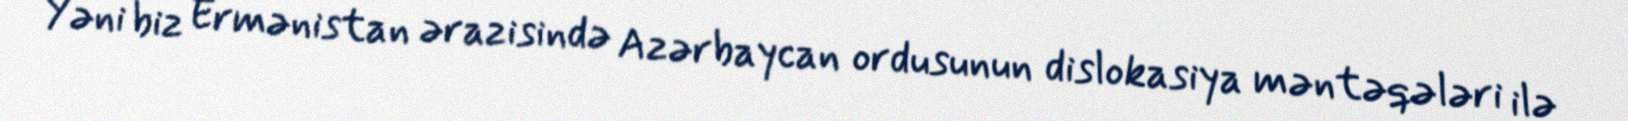
Yəni biz Ermənistan ərazisində Azərbaycan ordusunun dislokasiya məntəqələri ilə